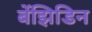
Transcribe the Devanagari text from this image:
बेंझिडिन